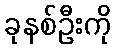
ခုနစ်ဦးကို